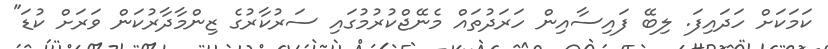
ކަމަކަށް ހަދައިފަ. ލިބޭ ފައިސާއިން ހަރަދުތައް މެނޭޖްކުރުމުގައި ސަރުކާރުގެ ޒިންމާދާރުކަން ވަރަށް ކުޑަ"